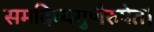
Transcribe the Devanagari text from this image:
समदिव्यगुणैरुपेत।